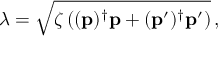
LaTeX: \lambda = \sqrt { \zeta \left( ( \mathbf { p } ) ^ { \dagger } \mathbf { p } + ( \mathbf { p } ^ { \prime } ) ^ { \dagger } \mathbf { p } ^ { \prime } \right) } \, ,